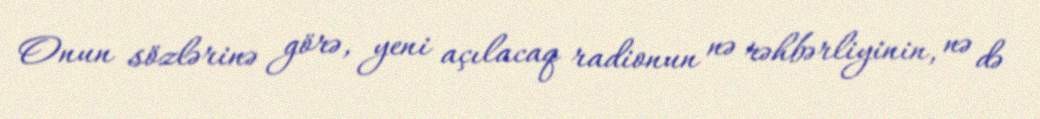
Onun sözlərinə görə, yeni açılacaq radionun nə rəhbərliyinin, nə də